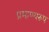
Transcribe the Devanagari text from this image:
प्रमाण्यरूप